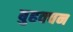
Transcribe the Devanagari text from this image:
बुहवचन